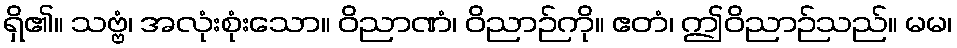
ရှိ၏။ သဗ္ဗံ၊ အလုံးစုံးသော။ ဝိညာဏံ၊ ဝိညာဉ်ကို။ ဧတံ၊ ဤဝိညာဉ်သည်။ မမ၊